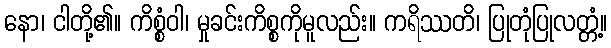
နော၊ ငါတို့၏။ ကိစ္စံဝါ၊ မှုခင်းကိစ္စကိုမူလည်း။ ကရိဿတိ၊ ပြုတုံပြုလတ္တံ့။